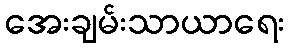
အေးချမ်းသာယာရေး